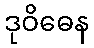
ဒုဝိဓေန